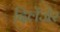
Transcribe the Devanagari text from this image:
दिलेंजेर